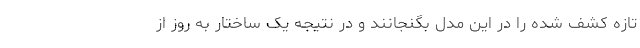
تازه کشف شده را در این مدل بگنجانند و در نتیجه یک ساختار به روز از